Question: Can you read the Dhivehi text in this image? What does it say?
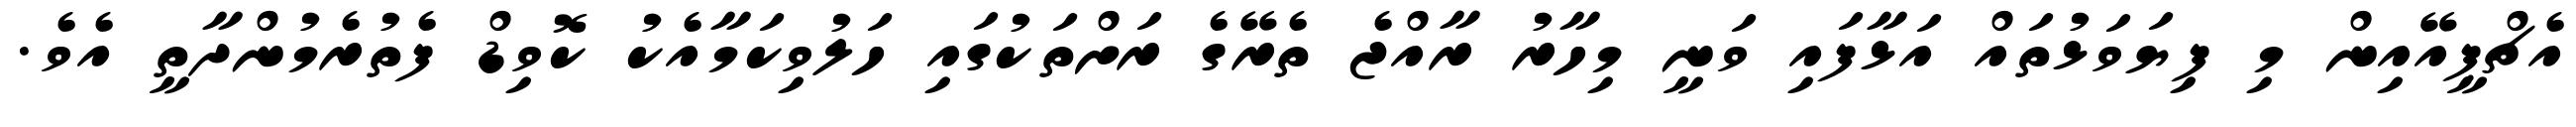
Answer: އެޗްޕީއޭއިން މި ފިޔަވަޅުތައް އަޅާފައި ވަނީ މިހާރު ރާއްޖެ ތެރޭގެ ރަށްތަކުގައި ހަލުވިކަމާއެކު ކޮވިޑް ފެތުރެމުންދާތީ އެވެ.